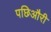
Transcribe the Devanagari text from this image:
पछिऔरी